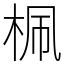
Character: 𣑲